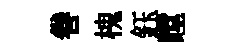
巻槐鈺瞠